system: You are a helpful assistant.
user:
Analyze the provided spectrum to determine if it is a **M-type Giant (gM)**.

A M-type Giant spectrum is defined by its **strong molecular absorption** features, particularly from **Titanium Oxide (TiO)**. You must check for one of the following mutually exclusive signatures:

- **Key Visual Indicators (Absorption-Dominated Spectrum):**

    - **(Primary):** The spectrum is dominated by strong molecular absorption from **Titanium Oxide (TiO)**. This is the **defining feature** of its M-type temperature class.
        - **(Key Bandheads):** Look for sharp, "saw-tooth" absorption valleys. The strongest are located near **~7050 Å**, **~6160 Å**, and **~5170 Å**.
        - **(Line Profile):** The "saw-tooth" morphology is critical: a **sharp, steep drop on the BLUE (short-wavelength) side** of the bandhead, followed by a gradual recovery (rising flux) towards the RED (long-wavelength) side.

    - **(Key Confirmation - Giant vs. Dwarf):** **ABSENCE** of strong **Calcium Hydride (CaH)** molecular bands. This is the primary diagnostic for *excluding* M-dwarfs.
        - **(Key Region):** The spectrum should lack the strong, broad absorption band seen in dwarfs between **~6800 Å and ~7000 Å**.

    - **(Secondary Confirmation - Giant):** A very strong and broad **Neutral Calcium (Ca I)** atomic absorption line.
        - **(Key Line):** Located at **~4226 Å**. In a giant (gM), this line is significantly deeper and broader than the same line in an M-dwarf (dM) due to low surface gravity.

    - **(Overall Spectrum):**
        - The continuum is **extremely red-sloping** (i.e., flux is very low in the blue and rises dramatically towards the red).
        - The entire spectrum appears "chopped up" by the deep TiO bands.

Think first, call **spectral_visualization_tool** if needed to examine features in detail, then provide your final answer. Your response must adhere to the following strict rules:
1.  **Overall Structure:** Your response must follow the format `<think>...</think> <tool_call>...</tool_call> (if a tool is used) <answer>...</answer>`.
2.  **Tool Usage Constraint:** You may only make **one** tool call per turn.
3.  **Final Answer Format:** In the `<answer>` tag, your conclusion must be inside a `\boxed{}` command (e.g., `\boxed{YES}` or `\boxed{NO}`), followed by your justification.

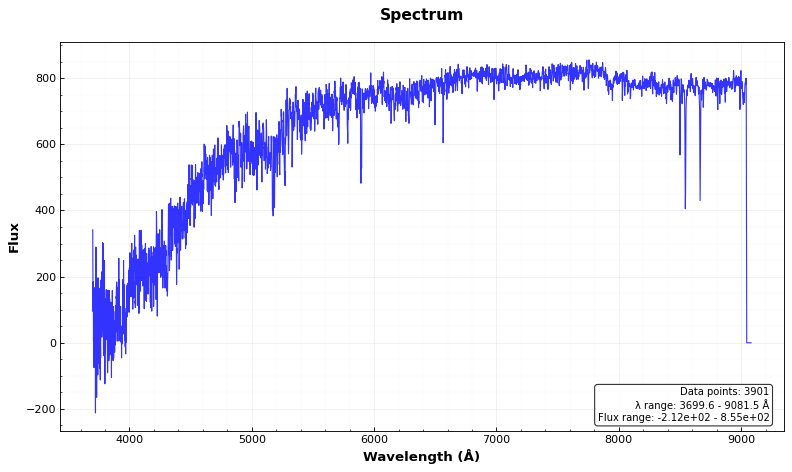
Answer: NO